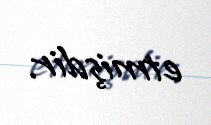
etmişdir.